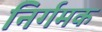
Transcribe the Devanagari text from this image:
निर्गमक